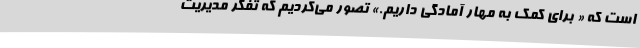
است که « برای کمک به مهار آمادگی داریم.» تصور می‌کردیم که تفکر مدیریت